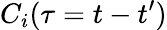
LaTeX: C_{i}(\tau=t-t^{\prime})